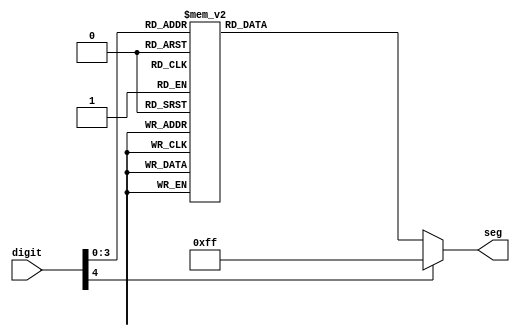
`timescale 1ns / 1ps
//////////////////////////////////////////////////////////////////////////////////
// Company: 
// Engineer: 
// 
// Design Name: 
// Module Name: seg_codes
// Project Name: 
// Target Devices: 
// Tool Versions: 
// Description: 
// 
// Dependencies: 
// 
// Revision:
// Revision 0.01 - File Created
// Additional Comments:
// 
//////////////////////////////////////////////////////////////////////////////////


module seg_codes(
input [4:0]digit,
output reg [7:0]seg
    );

always @(digit)
begin
        
     case(digit)   
        5'b00000: seg = 8'b11000000; // "0"     
        5'b00001: seg = 8'b11111001; // "1" 
        5'b00010: seg = 8'b10100100; // "2" 
        5'b00011: seg = 8'b10110000; // "3" 
        5'b00100: seg = 8'b10011001; // "4" 
        5'b00101: seg = 8'b10010010; // "5" 
        5'b00110: seg = 8'b10000010; // "6" 
        5'b00111: seg = 8'b11111000; // "7" 
        5'b01000: seg = 8'b10000000; // "8"     
        5'b01001: seg = 8'b10010000; // "9" 
        5'b01010: seg = 8'b11000111; // L
        5'b01011: seg = 8'b10101111; // r
        5'b01100: seg = 8'b11001111; //I
        5'b01101: seg = 8'b10101011; //n
        5'b01110: seg = 8'b10000111; //t
        default : seg = 8'b11111111; //blank
    endcase
end    
endmodule